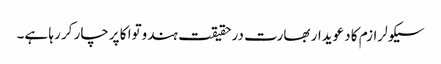
سیکولرازم کا دعویدار بھارت درحقیقت ہندوتوا کا پرچار کر رہا ہے۔